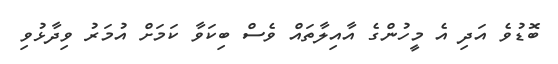
ބޮޑުވެ އަދި އެ މީހުންގެ އާއިލާތައް ވެސް ބިކަވާ ކަމަށް އުމަރު ވިދާޅުވި